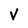
Character: V